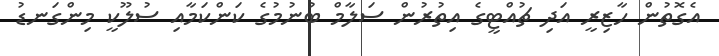
އެގޮތުން ހާޒިރީ އަދި ޗުއްޓީގެ އިތުރުން ސަލާމް ބުނުމުގެ ކަންކަމާއި ސުލޫކީ މިންގަނޑު